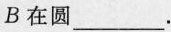
B在圆___.